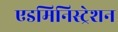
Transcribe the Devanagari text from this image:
एडमिनिस्‍ट्रेशन